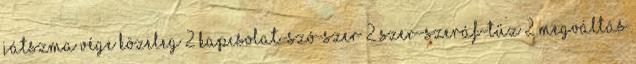
játszma vége közeleg 2 Kapcsolat-SZÓ-SZER 2 SZER-Szeráf-TŰZ 2 Megváltás